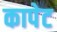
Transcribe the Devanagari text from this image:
कापेट